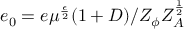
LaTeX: e _ { 0 } = e \mu ^ { \frac { \epsilon } { 2 } } ( 1 + D ) / Z _ { \phi } Z _ { A } ^ { \frac { 1 } { 2 } }